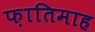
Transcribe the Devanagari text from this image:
फ़ातिमाह